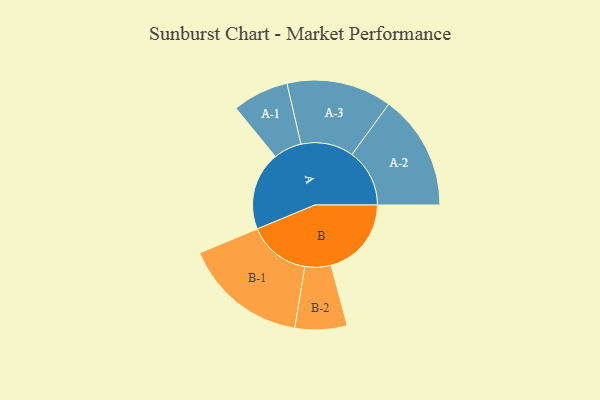
{"axis": {"x": "Segment", "y": "Value"}, "legend": ["", "A", "B"], "data": [{"x": "A", "y": 377, "type": ""}, {"x": "B", "y": 386, "type": ""}, {"x": "A-1", "y": 135, "type": "A"}, {"x": "A-2", "y": 277, "type": "A"}, {"x": "A-3", "y": 253, "type": "A"}, {"x": "B-1", "y": 299, "type": "B"}, {"x": "B-2", "y": 125, "type": "B"}]}